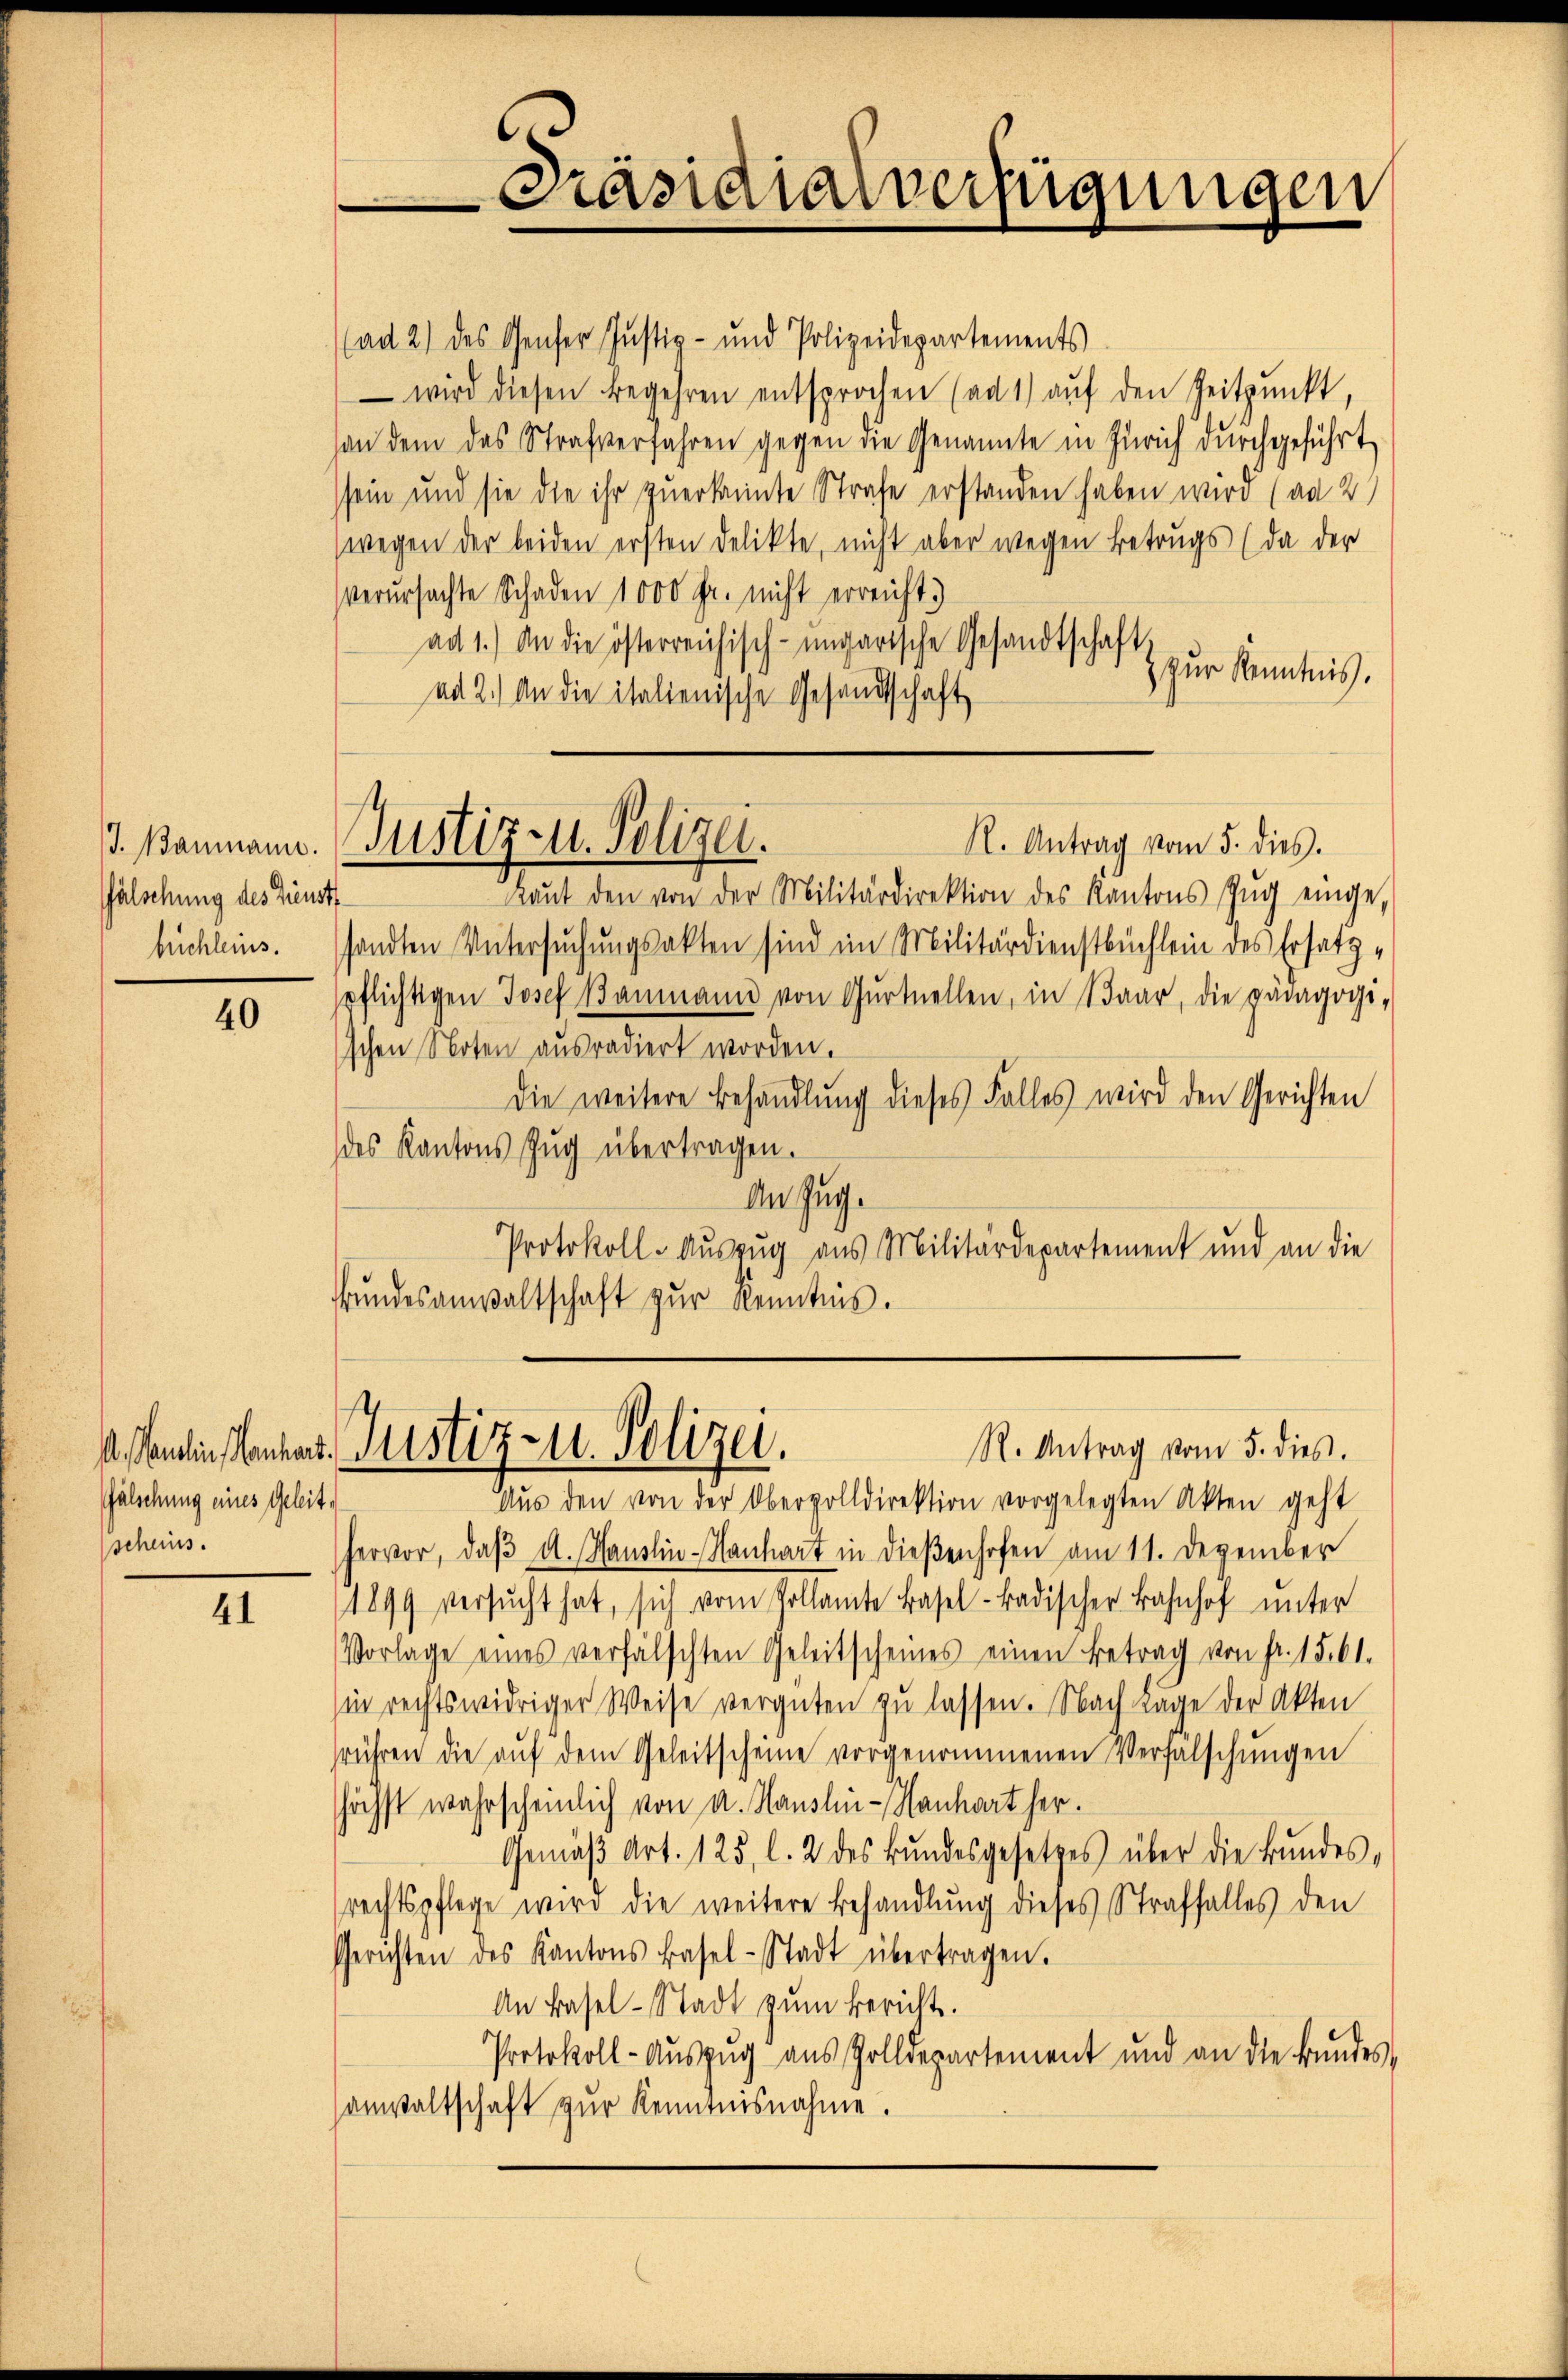
J. Baumann.
fälschung des Dienst

40

fälschung eines Geleitscheins.

41

Präsidialverfügungen

(ad 2) des Genfer Justiz- und Polizeidepartements
 wird diesen Begehren entsprochen (ad 1) auf den Zeitpunkt,
an dem das Strafverfahren gegen die Genannte in Zürich durchgeführt,
sein und sie die ihr zuerkannte Strafe erstanden haben wird (ad 2
wegen der beiden ersten Delikte, nicht aber wegen Betrugs (da der
verursachte Schaden 1000 Fr. nicht erreicht.)
ad 1.) An die österreichisch-ungarische Gesandtschaft.
) zur Kenntnis.
ad 2.) An die italienische Gesandtschaft
Justiz u. Polizei.
N. Antrag vom 5. dies.
aŭt den von der Militärdirektion des Kantons Zŭg einge-
büchleins. sandten Untersuchungsakten sind im Militärdienstbüchlein des Ersatz-
pflichtigen Josef Baumann von Gŭrtuellen, in Baar, die paragogi-
schen Noten ausradiert worden.
Die weitere Behandlung dieses Falles wird den Gerichten
des Kantons Zug übertragen.
An Ing.
Protokoll-Auszug aus Militärdepartement und an die
rŭndesanwaltschaft zŭr Kenntnis.

R. Antrag vom 5. dies
1. Paulin Neuhaus Justiz- u. Polizei.

Aŭs den von der Obervolldirektion vorgelegten Akten geht
Hervor, daβ d. Hauslin-Hanhart in dießenhofen am 11. Dezember
1899 versŭcht hat, sich vom Pollamte Basel-Badischer Bahnhof unter
Vorlage eines verfälschten Geleitscheines einen Betrag von fr. 15. 61.
in rechtswidriger Weise vergüten zŭ lassen. Nach Lage der Akten
frühren die aŭf dem Geleitscheine vorgenommenen Verfalschŭngen
höchst wahrscheinlich von u. Hauslin-Hanhart her¬
Gemäβ Art. 125, l. 2 des Bŭndesgesetzes über die Bŭndes-
rechtspflege wird die weitere Behandlung dieses Straffalles den
Gerichten des Kantons Basel-Stadt übertragen.
An Basel-Stadt zum Bericht.
Protokoll-Aŭszŭg aŭs Zolldepartement und an die Bŭndes,
sanwaltschaft zur Kenntnisnahme.